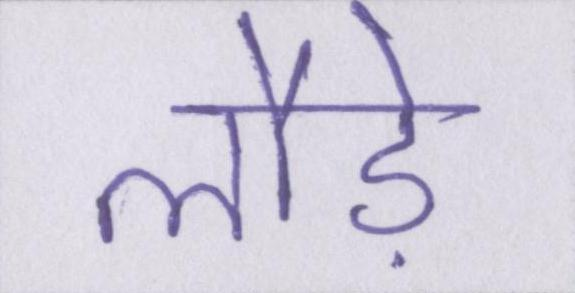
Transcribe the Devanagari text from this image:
लौड़े